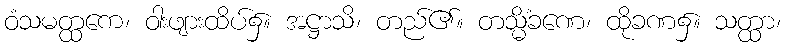
ဝံသမတ္ထကေ၊ ဝါးဖျားထိပ်၌။ အဋ္ဌာသိ၊ တည်၏။ တသ္မိံခဏေ၊ ထိုခဏ၌။ သတ္ထာ၊